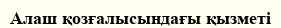
Алаш қозғалысындағы қызметі